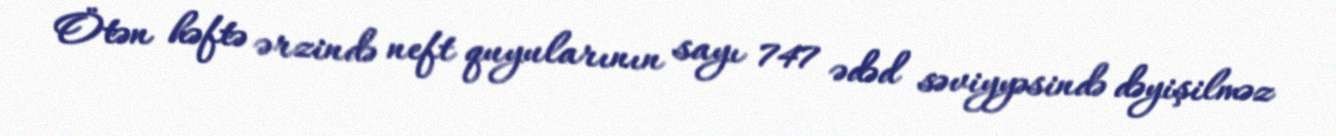
Ötən həftə ərzində neft quyularının sayı 747 ədəd səviyyəsində dəyişilməz